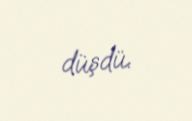
düşdü.